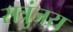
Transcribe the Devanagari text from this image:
सत्रुंजय